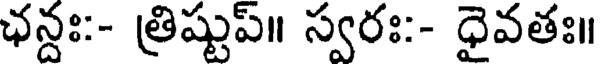
ఛన్దః:- త్రిష్టుప్॥ స్వరః:- ధైవతః॥